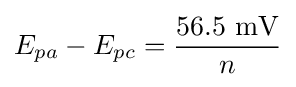
E_{pa}-E_{pc}={\frac {56.5{\text{ mV}}}{n}}